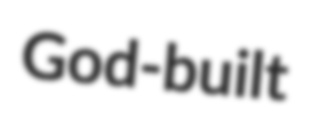
God-built